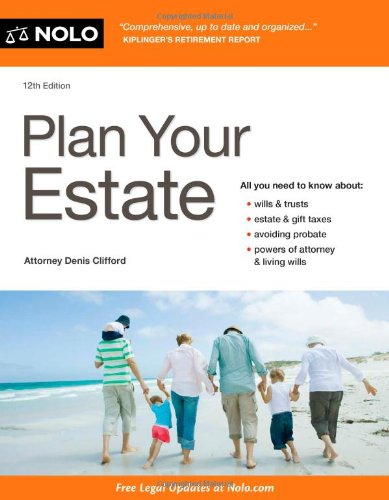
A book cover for Plan Your Estate; Denis Clifford; Business & Money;